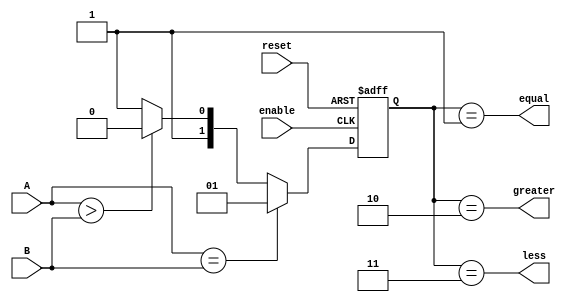
module comparator (
    input [7:0] A,
    input [7:0] B,
    input enable,
    input reset,
    output equal,
    output greater,
    output less
);

reg [1:0] result;

always @(posedge enable or posedge reset) begin
    if (reset) begin
        result <= 2'b00;
    end else begin
        if (A == B) begin
            result <= 2'b01; // equal
        end else if (A > B) begin
            result <= 2'b10; // greater
        end else begin
            result <= 2'b11; // less
        end
    end
end

assign equal = (result == 2'b01);
assign greater = (result == 2'b10);
assign less = (result == 2'b11);

endmodule